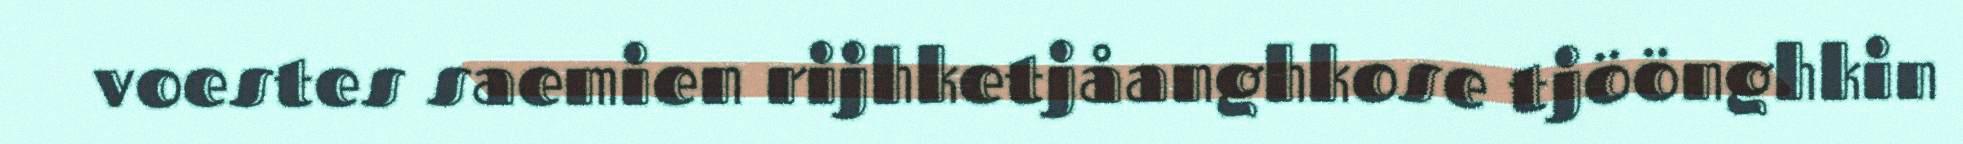
voestes saemien rijhketjåanghkose tjöönghkin